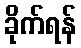
ခိုက်ရန်